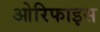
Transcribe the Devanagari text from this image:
ओरिफाइस